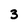
Character: 3